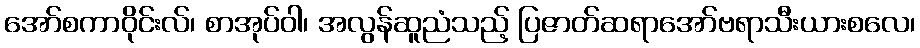
အော်စကာဝိုင်းလ်၊ စာအုပ်ဝါ၊ အလွန်ဆူညံသည့် ပြဇာတ်ဆရာအော်ဗရာသီးယားစလေ၊